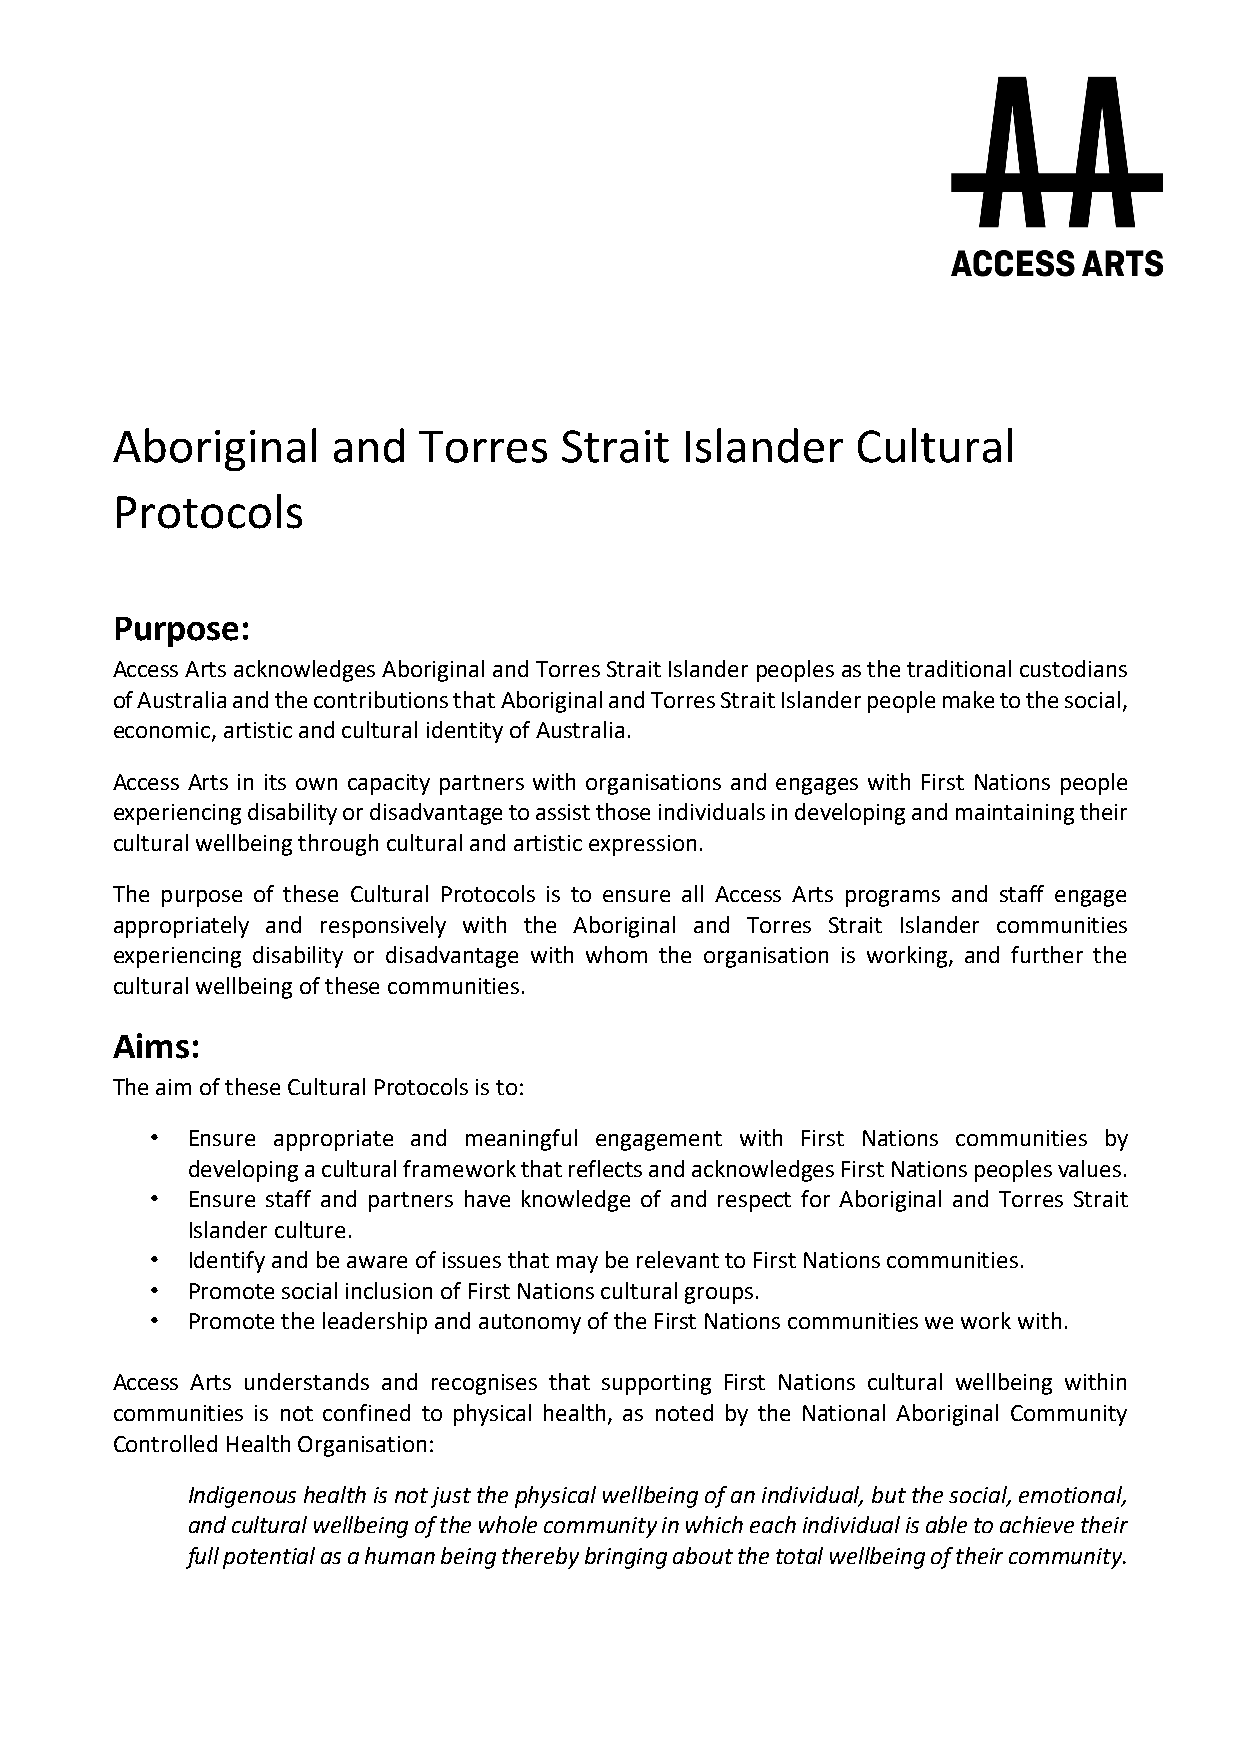
Aboriginal     and   Torres   Strait  Islander    Cultural
 Protocols
 Purpose:
 Access Arts acknowledges Aboriginal and Torres Strait Islander peoples as the traditional custodians
 of Australia and the contributions that Aboriginal and Torres Strait Islander people make to the social,
 economic, artistic and cultural identity of Australia.
 Access Arts in its own capacity partners with organisations and engages with First Nations people
 experiencing disability or disadvantage to assist those individuals in developing and maintaining their
 cultural wellbeing through cultural and artistic expression.
 The purpose of these Cultural Protocols is to ensure all Access Arts programs and staff engage
 appropriately and responsively with the Aboriginal and Torres Strait Islander communities
 experiencing disability or disadvantage with whom the organisation is working, and further the
 cultural wellbeing of these communities.
 Aims:
 The aim of these Cultural Protocols is to:
 • Ensure appropriate and meaningful engagement with First Nations communities by
 developing a cultural framework that reflects and acknowledges First Nations peoples values.
 • Ensure staff and partners have knowledge of and respect for Aboriginal and Torres Strait
 Islander culture.
 • Identify and be aware of issues that may be relevant to First Nations communities.
 • Promote social inclusion of First Nations cultural groups.
 • Promote the leadership and autonomy of the First Nations communities we work with.
 Access Arts understands and recognises that supporting First Nations cultural wellbeing within
 communities is not confined to physical health, as noted by the National Aboriginal Community
 Controlled Health Organisation:
 Indigenous health is not just the physical wellbeing of an individual, but the social, emotional,
 and cultural wellbeing of the whole community in which each individual is able to achieve their
 full potential as a human being thereby bringing about the total wellbeing of their community.